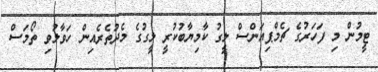
ޓީމުން މި ފަހަރުގެ ޗެމްޕިއަންސް ލީގު ކާމިޔާބުކުރީ ލީގުގެ މެދުތެރެއިން ހަވާލުވި ތޯމަސް